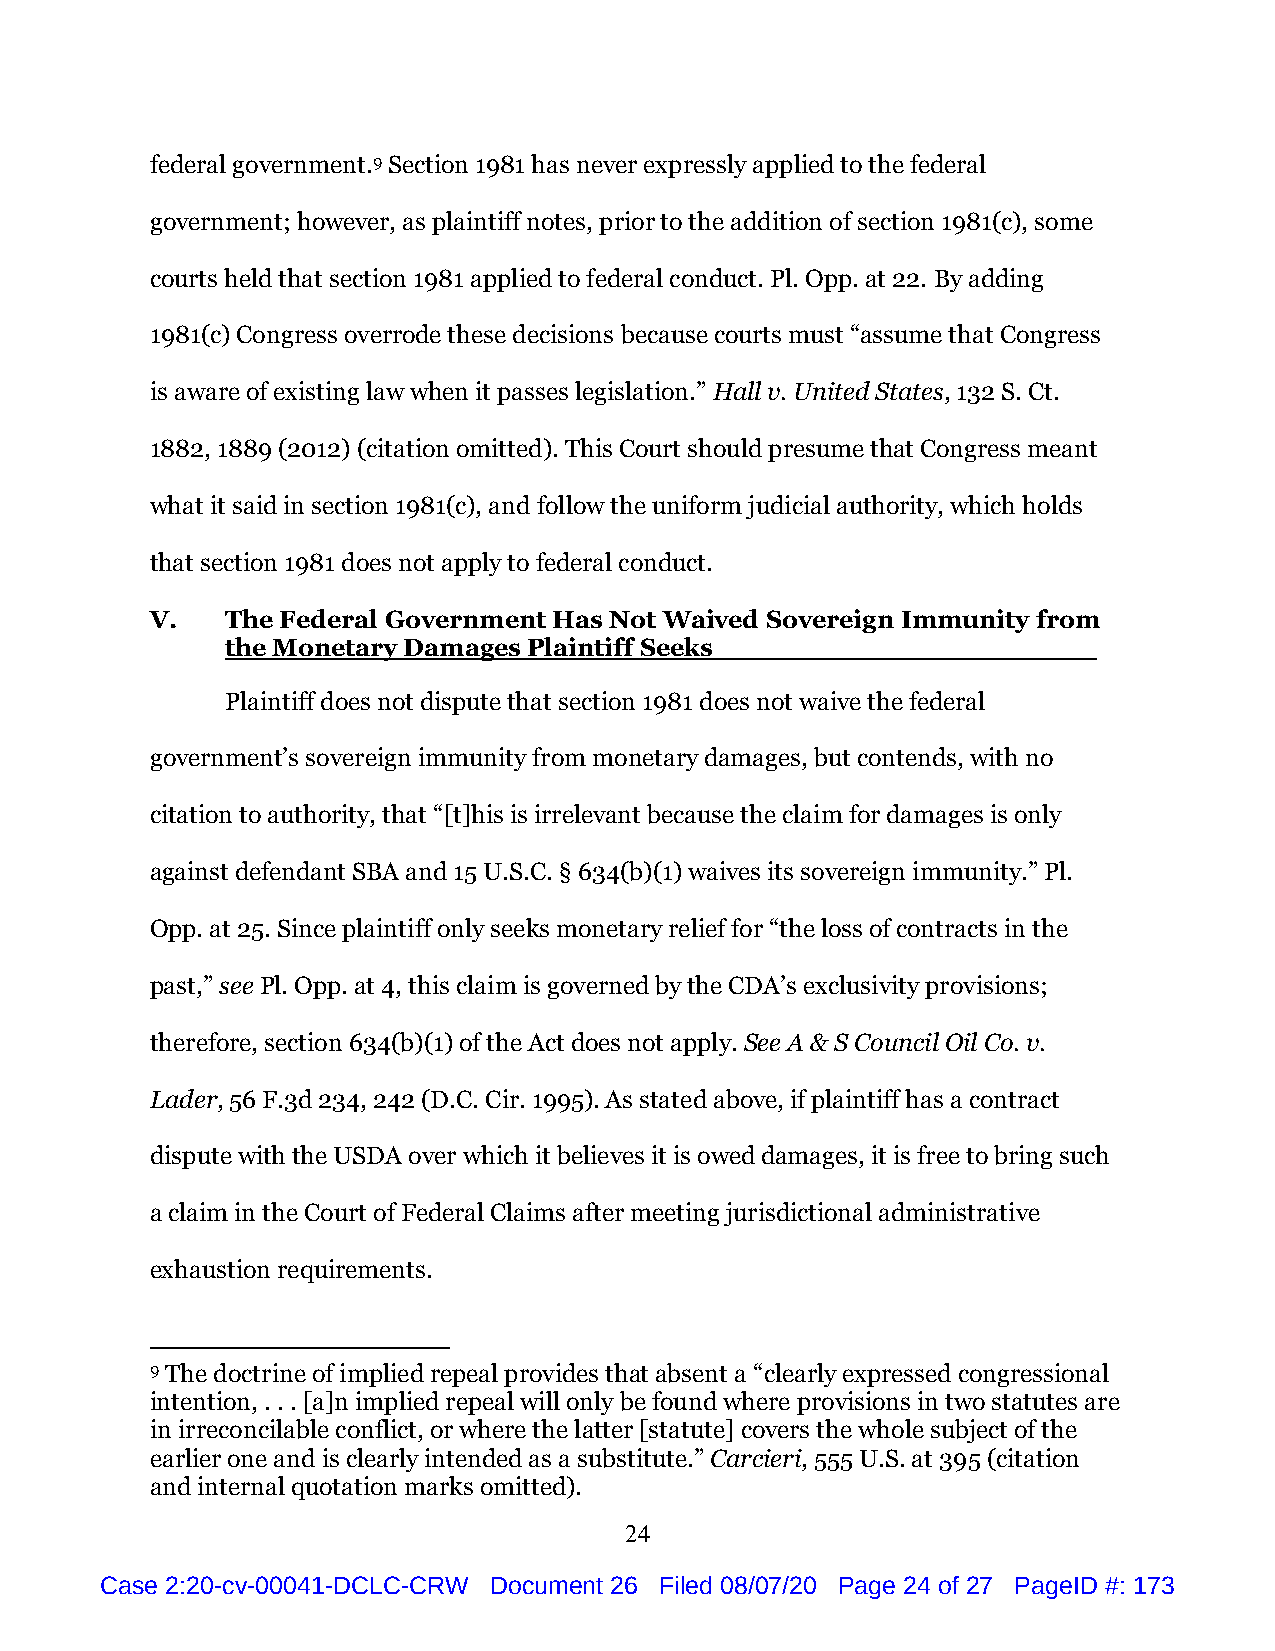
federal government.9 Section 1981 has never expressly applied to the federal
 government; however, as plaintiff notes, prior to the addition of section 1981(c), some
 courts held that section 1981 applied to federal conduct. Pl. Opp. at 22. By adding
 1981(c) Congress overrode these decisions because courts must “assume that Congress
 is aware of existing law when it passes legislation.” Hall v. United States, 132 S. Ct.
 1882, 1889 (2012) (citation omitted). This Court should presume that Congress meant
 what it said in section 1981(c), and follow the uniform judicial authority, which holds
 that section 1981 does not apply to federal conduct.
 V.   The Federal Government Has Not Waived Sovereign Immunity from
 the Monetary Damages Plaintiff Seeks
 Plaintiff does not dispute that section 1981 does not waive the federal
 government’s sovereign immunity from monetary damages, but contends, with no
 citation to authority, that “[t]his is irrelevant because the claim for damages is only
 against defendant SBA and 15 U.S.C. § 634(b)(1) waives its sovereign immunity.” Pl.
 Opp. at 25. Since plaintiff only seeks monetary relief for “the loss of contracts in the
 past,” see Pl. Opp. at 4, this claim is governed by the CDA’s exclusivity provisions;
 therefore, section 634(b)(1) of the Act does not apply. See A & S Council Oil Co. v.
 Lader, 56 F.3d 234, 242 (D.C. Cir. 1995). As stated above, if plaintiff has a contract
 dispute with the USDA over which it believes it is owed damages, it is free to bring such
 a claim in the Court of Federal Claims after meeting jurisdictional administrative
 exhaustion requirements.
 9 The doctrine of implied repeal provides that absent a “clearly expressed congressional
 intention, . . . [a]n implied repeal will only be found where provisions in two statutes are
 in irreconcilable conflict, or where the latter [statute] covers the whole subject of the
 earlier one and is clearly intended as a substitute.” Carcieri, 555 U.S. at 395 (citation
 and internal quotation marks omitted).
 24
 Case 2:20-cv-00041-DCLC-CRW Document 26 Filed 08/07/20 Page 24 of 27 PageID #: 173